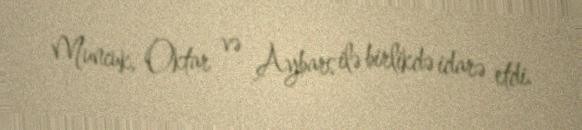
Muncuk, Oktar və Aybars ilə birlikdə idarə etdi.